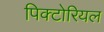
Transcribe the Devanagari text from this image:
पिक्टोरियल